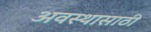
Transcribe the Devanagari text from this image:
अवस्थासाठी